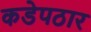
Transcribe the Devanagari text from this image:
कडेपठार